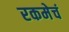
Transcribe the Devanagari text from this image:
रकमेचं